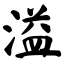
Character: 溢